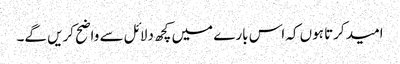
امید کرتا ہوں کہ اس بارے میں کچھ دلائل سے واضح کریں گے۔